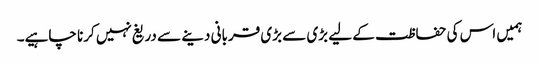
ہمیں اس کی حفاظت کے لیے بڑی سے بڑی قربانی دینے سے دریغ نہیں کرنا چاہیے۔